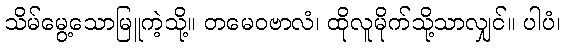
သိမ်မွေ့သောမြူကဲ့သို့။ တမေဝဗာလံ၊ ထိုလူမိုက်သို့သာလျှင်။ ပါပံ၊